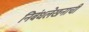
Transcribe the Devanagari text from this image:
निबंधलेखनाची